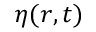
\eta ( r , t )